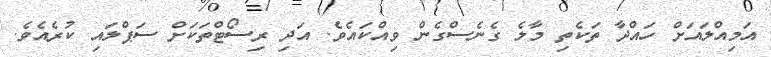
އަމިއްލައަށް ހައްދާ ތަކެތި މާލެ ގެނެސްގެން ވިއްކައެވެ. އަދި ރިސޯޓްތަކަށް ސަޕްލައި ކުރެއެވެ.